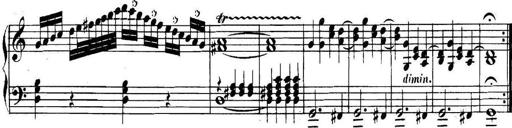
Title: Collected Piano Sonatas
Composer: Muzio Clementi